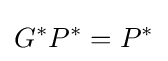
G^{*}P^{*}=P^{*}